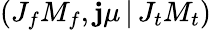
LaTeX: \left(J_{f}M_{f},\mathbf{j}\mu\, |\, J_{t}M_{t}\right)